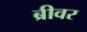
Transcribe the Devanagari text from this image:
ब्रीवर